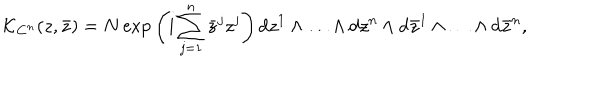
{ \cal K } _ { { \bf C } ^ { n } } ( z , \bar { z } ) = N \, \mathrm { e x p } \left( \mathrm { i } \sum _ { j = 1 } ^ { n } \bar { z } ^ { j } z ^ { j } \right) \mathrm { d } z ^ { 1 } \wedge \ldots \wedge \mathrm { d } z ^ { n } \wedge \mathrm { d } \bar { z } ^ { 1 } \wedge \ldots \wedge \mathrm { d } \bar { z } ^ { n } ,